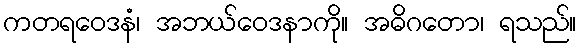
ကတရဝေဒနံ၊ အဘယ်ဝေဒနာကို။ အဓိဂတော၊ ရသည်။